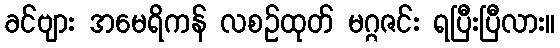
ခင်ဗျား အမေရိကန် လစဉ်ထုတ် မဂ္ဂဇင်း ရပြီးပြီလား။